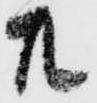
共